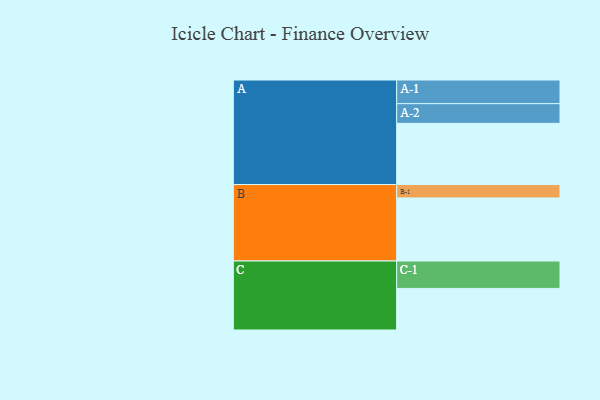
{"axis": {"x": "Segment", "y": "Value"}, "legend": ["", "A", "B", "C"], "data": [{"x": "A", "y": 556, "type": ""}, {"x": "B", "y": 573, "type": ""}, {"x": "C", "y": 378, "type": ""}, {"x": "A-1", "y": 215, "type": "A"}, {"x": "A-2", "y": 179, "type": "A"}, {"x": "B-1", "y": 122, "type": "B"}, {"x": "C-1", "y": 249, "type": "C"}]}